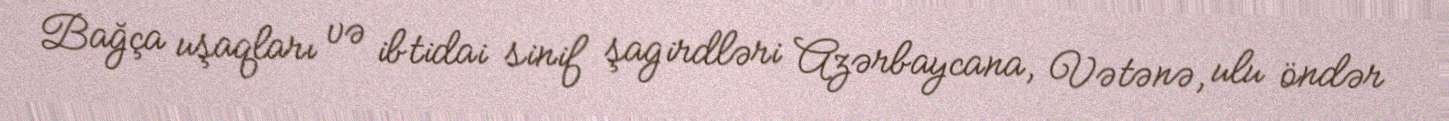
Bağça uşaqları və ibtidai sinif şagirdləri Azərbaycana, Vətənə, ulu öndər